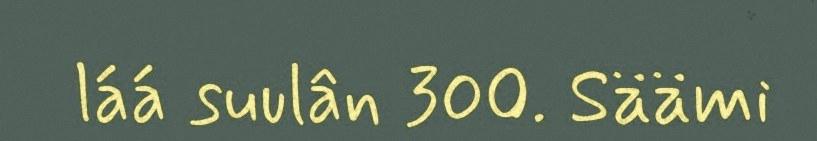
láá suulân 300. Säämi